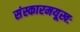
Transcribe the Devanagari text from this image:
संस्कारमयूखः